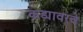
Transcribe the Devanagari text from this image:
कड्यावरचे